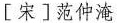
[宋]范仲淹